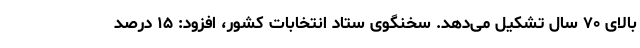
بالای ۷۰ سال تشکیل می‌دهد. سخنگوی ستاد انتخابات کشور، افزود: ۱۵ درصد